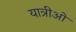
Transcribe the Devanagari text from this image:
यात्रीओं